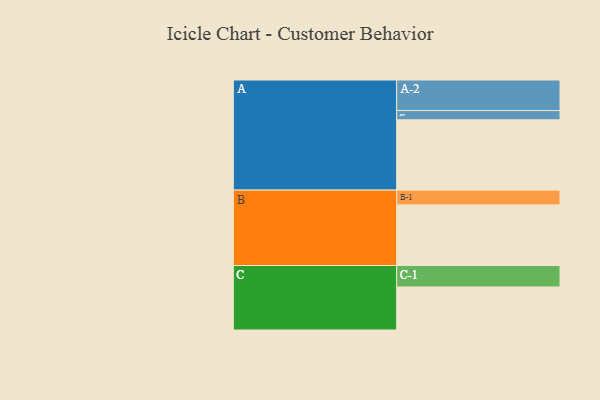
{"axis": {"x": "Segment", "y": "Value"}, "legend": ["", "A", "B", "C"], "data": [{"x": "A", "y": 536, "type": ""}, {"x": "B", "y": 462, "type": ""}, {"x": "C", "y": 328, "type": ""}, {"x": "A-1", "y": 71, "type": "A"}, {"x": "A-2", "y": 233, "type": "A"}, {"x": "B-1", "y": 113, "type": "B"}, {"x": "C-1", "y": 164, "type": "C"}]}